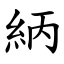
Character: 䋑